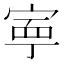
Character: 寕